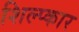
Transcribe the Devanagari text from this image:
शिल्प्कार